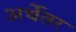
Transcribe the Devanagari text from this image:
अर्थेतर